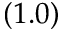
( 1 . 0 )